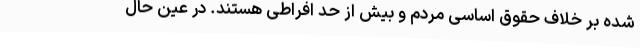
شده بر خلاف حقوق اساسی مردم و بیش از حد افراطی هستند. در عین حال